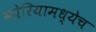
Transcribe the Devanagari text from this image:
कोरियामध्येच